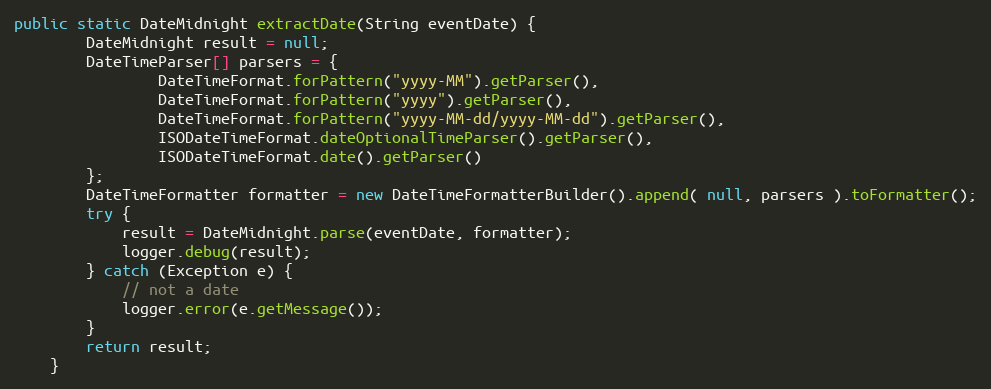
Language: Java
public static DateMidnight extractDate(String eventDate) {
    	DateMidnight result = null;
    	DateTimeParser[] parsers = {
    			DateTimeFormat.forPattern("yyyy-MM").getParser(),
    			DateTimeFormat.forPattern("yyyy").getParser(),
				DateTimeFormat.forPattern("yyyy-MM-dd/yyyy-MM-dd").getParser(),
    			ISODateTimeFormat.dateOptionalTimeParser().getParser(),
    			ISODateTimeFormat.date().getParser()
    	};
    	DateTimeFormatter formatter = new DateTimeFormatterBuilder().append( null, parsers ).toFormatter();
    	try {
    		result = DateMidnight.parse(eventDate, formatter);
    		logger.debug(result);
    	} catch (Exception e) {
    		// not a date
    		logger.error(e.getMessage());
    	}
    	return result;
    }